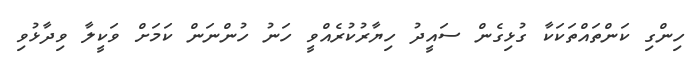
ހިންގި ކަންތައްތަކަކާ ގުޅިގެން ސައީދު ހިޔާރުކުރެއްވީ ހަނު ހުންނަން ކަމަށް ވަކީލާ ވިދާޅުވި